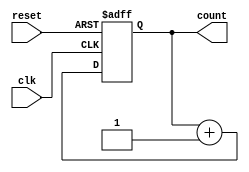
module counter (
    input wire clk,
    input wire reset,
    output reg [7:0] count
);

always @(posedge clk or posedge reset)
begin
    if (reset)
        count <= 8'b0;
    else
        count <= count + 1;
end

endmodule